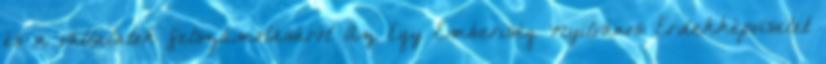
és a vállalatok felszámolásáról Az Egy Emberiség Nyilvános Érdekképviselet